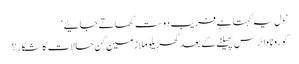
’دل یہ کہتا ہے فریب دوست کھاتے جائیے‘
کورونا وائرس پھیلنے کے بعد گھریلو ملازمین کن حالات کا شکار؟